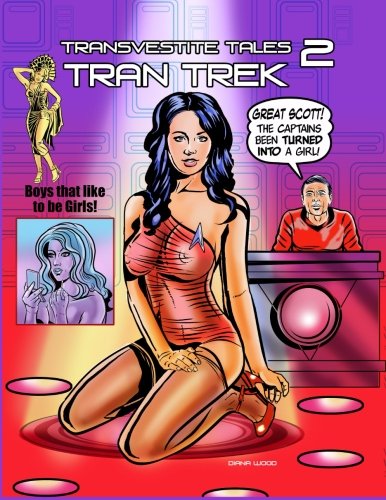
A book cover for Transvestite Tales 2. Tran Trek. (Volume 2); Diana Wood; Comics & Graphic Novels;